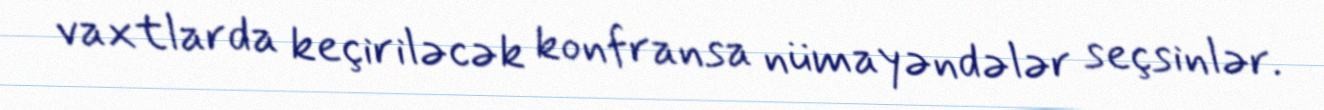
vaxtlarda keçiriləcək konfransa nümayəndələr seçsinlər.